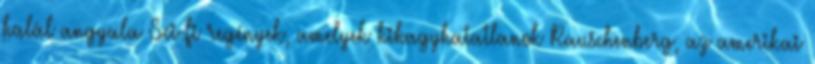
halál angyala Sci-fi regények, amelyek kihagyhatatlanok Rauschenberg, az amerikai